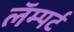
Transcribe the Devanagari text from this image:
लॅम्पर्ट